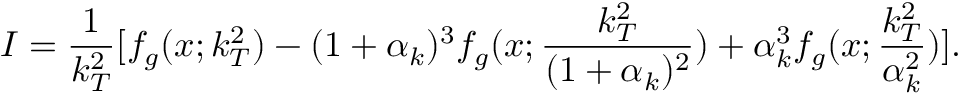
{ \cal I } = \frac { 1 } { k _ { T } ^ { 2 } } [ f _ { g } ( x ; k _ { T } ^ { 2 } ) - ( 1 + \alpha _ { k } ) ^ { 3 } f _ { g } ( x ; \frac { k _ { T } ^ { 2 } } { ( 1 + \alpha _ { k } ) ^ { 2 } } ) + \alpha _ { k } ^ { 3 } f _ { g } ( x ; \frac { k _ { T } ^ { 2 } } { \alpha _ { k } ^ { 2 } } ) ] .